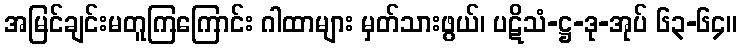
အမြင်ချင်းမတူကြကြောင်း ဂါထာများ မှတ်သားဖွယ်၊ ပဋိသံ-ဋ္ဌ-ဒု-အုပ် ၆၃-၆၄။